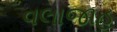
વલાજાહ